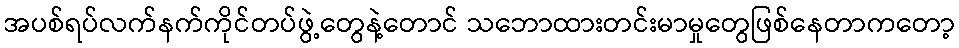
အပစ်ရပ်လက်နက်ကိုင်တပ်ဖွဲ့တွေနဲ့တောင် သဘောထားတင်းမာမှုတွေဖြစ်နေတာကတော့